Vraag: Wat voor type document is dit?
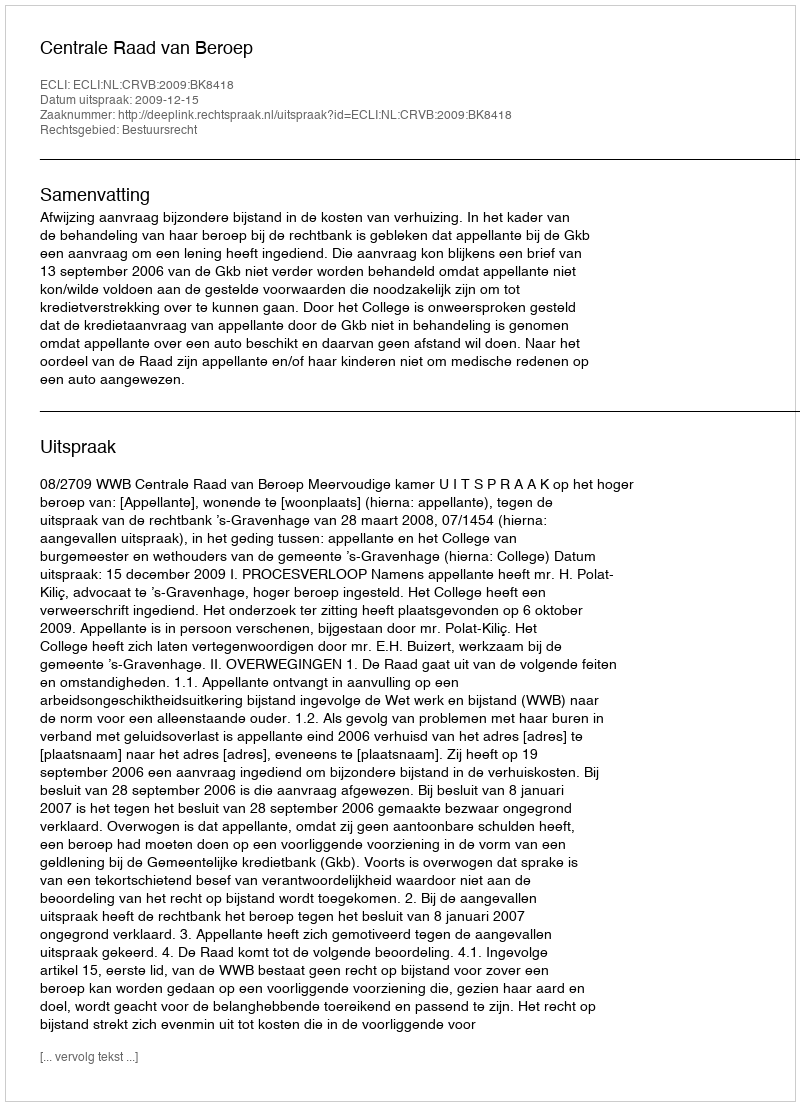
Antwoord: Uitspraak